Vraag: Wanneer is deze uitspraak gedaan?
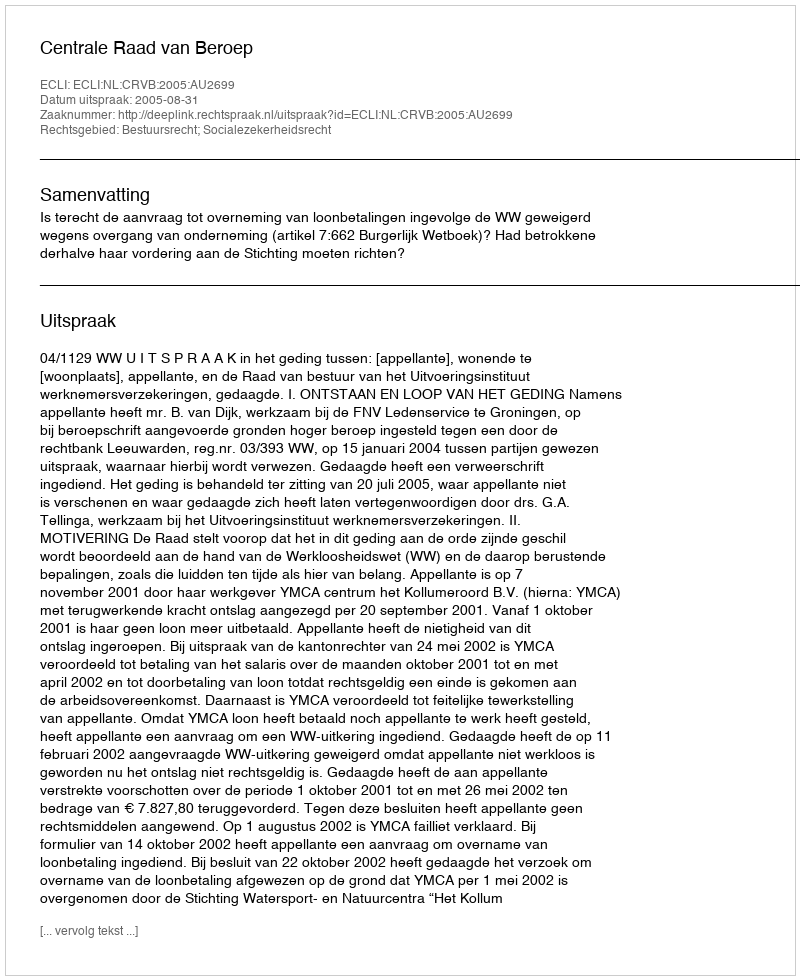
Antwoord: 2005-08-31